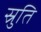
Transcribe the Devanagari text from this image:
स्रुति